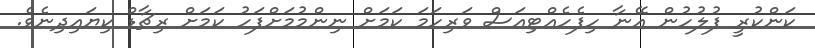
ކަންކުރީ ފުލުހުން އޭނާ ހިފެހެއްޓިއަސް ވަރިހަމަ ކަމަށް ނިންމުމަށްފަހު ކަމަށް ރިޗާޑް ކިޔައިދިނެވެ.